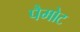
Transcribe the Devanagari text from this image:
पैमोट